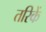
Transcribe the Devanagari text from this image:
तरिकें